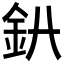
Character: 𨥃